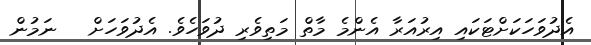
އެދުވަހަކަށްޓަކައި އިރުއަރާ އެންމެ މާތް މަތިވެރި ދުވަހެވެ. އެދުވަހަށް   ނަމުން